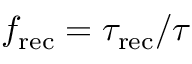
f _ { \mathrm { r e c } } = \tau _ { \mathrm { r e c } } / \tau